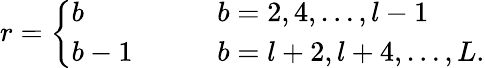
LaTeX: r=\left\{ \begin{array}{ll}{{b}}&{{\qquad b=2,4,\ldots,l-1}}\\ {{b-1}}&{{\qquad b=l+2,l+4,\ldots,L.}}\end{array}\right.